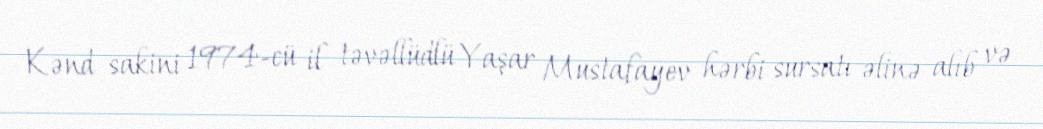
Kənd sakini 1974-cü il təvəllüdlü Yaşar Mustafayev hərbi sursatı əlinə alıb və